Sexual cycle of Leucocytozoon canis in the tick - Number 28
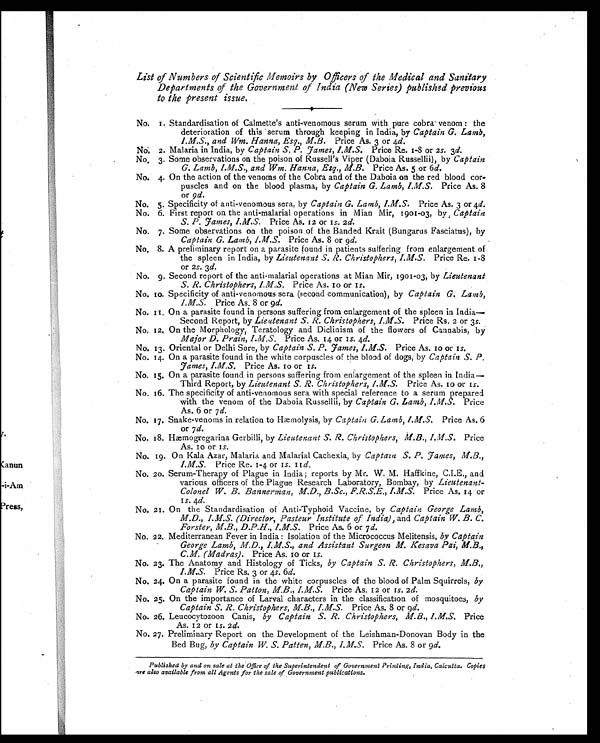
List of Numbers of Scientific Memoirs by Officers of the Medical and Sanitary
Departments of the Government of India (New Series) published previous
to the present issue.
No. 1. Standardisation of Calmette's anti-venomous serum with pure cobra venom the
deterioration of this serum through keeping in India, by Captain G. Lamb ,
I.M.S., and Wm. Hanna, Esq. M.B . Price As. 3 or 4d.
NO. 2. Malaria in India, by Captain S.P. James , I.M.S. Price Re. 1-8 or 2s. 3 d.
No, 3. Some observations on the poison of Russell's Viper (Daboia Russellii), by Captain
G. Lamb, I.M.S., and Wm. Hanna, Esq., M .B. Price As. 5 or 6d.
No. 4. On the action of the venoms of the Cobra and of the Daboia on the red blood cor-
puscles and on the blood plasma, by Captain G. Lamb, I.M.S. Price As. 8
Or 9d.
No. 5. Specificity of anti-venomous sera, by Captain G. Lamb, I.M.S. Price As. 3 or 4 d.
No. 6. First report on the anti-malarial operations in Mian Mir, 1901-03, by, Captain
S. P. James, I.M.S. Price As. 12 or 1s. 2 d.
No. 7. Some observations on the poison of the Banded Krait (Bungarus Fasciatus), by
Captain G. Lamb, I.M.S. Price As. 8 or 9 d.
No. 8. A preliminary report on a parasite found in patients suffering from enlargement of
the spleen in India, by Lieutenant S. R. Christophers, I.M.S. Price Re. 1-8
or 2s. 3d.
No. 9, Second report of the anti-malarial operations at Mian Mir, 1901-03, by Lieutenant
S. R. Christophers, I.M.S . Price As. 1o or 1 s.
No. 10. Specificity of anti-venomous sera (second communication), by Captain G. Lamb,
I.M.S. Price As. 8 or 9 d.
No. 11, On a parasite found in persons suffering from enlargement of the spleen in India
—
Second Report, by Lieutenant S. R. Christophers, I.M.S . Price Rs. 2 or 3 s.
No. 12, On the Morphology, Teratology and Diclinism of the flowers of Cannabis, by
Major D. Prain, I.M.S . Price As. 14 or 1s. 4d.
No. 13. Oriental or Delhi Sore, by Captain S. P. James, I.M.S . Price As. 10 or 1 s.
No. 14. On a parasite found in the white corpuscles of the blood of dogs, by Captain S. P.
James, I.M.S. Price As. 10 or 1s.
No. 15. On a parasite found in persons suffering from enlargement of the spleen in India
—
Third Report, by Lieutenant S. R. Christophers, I.M.S . Price As. 1o or 1s .
No. 16. The specificity of anti-venomous sera with special reference to a serum prepared
with the venom of the Daboia Russellii, by Captain G. Lamb, I.M.S. Price
As. 6 or 7d.
No. 17. Snake-venoms in relation to Hæmolysis, by Captain G. Lamb, I.M.S. Price As. 6
or 7 d.
No. 18. Homogregarina Gerbilli, by Lieutenant S. R. Christophers, M.B. I.M.S . Price
As. 10 or 1s.
No. 19. On Kala Azar, Malaria and Malarial Cachexia, by Captain S. P. James, M.B.,
I.M.S. Price Re. 1-4 or 1s. 11d.
No. 20. Serum-Therapy of Plague in India; reports by Mr. W. M. Haffkine, C.I.E., and
various officers of the Plague Research Laboratory, Bombay, by Lieutenant-
Colonel W. B. Bannerman, M.D., B.Sc., F.R.S.E., I.M.S . Price As. 14 or
1s. 4d.
No. 21. On the Standardisation of Anti-Typhoid Vaccine, by Captain George Lamb,
M.D., I.M.S. (Director, Pasteur Institute of India), and Captain W. B. C.
Forster, M.B., D.P.H., I.M.S. Price As. 6 or 7 d.
No. 22. Mediterranean Fever in India: Isolation of the Micrococcus Melitensis, by Captain
George Lamb, M.D., I.M.S., and Assistant Surgeon M. Kesava Pai, M.B.,
C.M. (Madras). Price As. 10 or 1s.
No. 23. The Anatomy and Histology of Ticks, by Captain S. R. Christophers, M.B.,
I.M.S. Price Rs. 3 or 4s. 6d.
No. 24. On a parasite found in the white corpuscles of the blood of Palm Squirrels, by
Captain W. S. Patton, M.B., I.M.S. Price As. 12 or 1s. 2d.
No. 25. On the importance of Larval characters in the classification of mosquitoes, by
Captain S. R. Christophers, M.B., I.M.S . Price As. 8 or 9 d.
No. 26. Leucocytozoon Canis, by Captain S. R. Christophers, M.B., I.M.S. Price
As. 12 or 1s. 2 d.
No. 27. Preliminary Report on the Development of the Leishman-Donovan Body in the
Bed Bug, by Captain W. S. Patten, M.B., I.M.S . Price As. 8 or 9d.
Published by and on sale at the Office of the Superintendent of Government Printing, India, Calcutta. Copies
are also available from all Agents for the sale of Government publications.